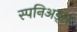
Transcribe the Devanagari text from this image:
स्पनिअर्ड्स